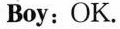
Boy:OK.